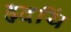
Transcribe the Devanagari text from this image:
हृदयिं